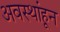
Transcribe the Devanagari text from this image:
अवस्थांहून